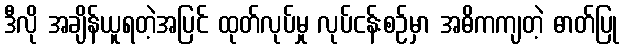
ဒီလို အချိန်ယူရတဲ့အပြင် ထုတ်လုပ်မှု လုပ်ငန်းစဉ်မှာ အဓိကကျတဲ့ ဓာတ်ပြု